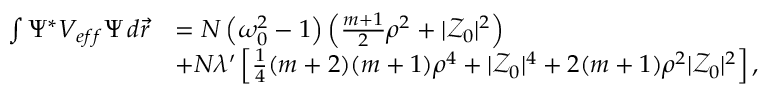
\begin{array} { r l } { \int \Psi ^ { * } V _ { e f f } \Psi \, d \vec { r } } & { = N \left( { \omega _ { 0 } ^ { 2 } } - 1 \right) \left( \frac { m + 1 } { 2 } \rho ^ { 2 } + | \mathcal { Z } _ { 0 } | ^ { 2 } \right) } \\ & { + N \lambda ^ { \prime } \left[ \frac { 1 } { 4 } ( m + 2 ) ( m + 1 ) \rho ^ { 4 } + | \mathcal { Z } _ { 0 } | ^ { 4 } + 2 ( m + 1 ) \rho ^ { 2 } | \mathcal { Z } _ { 0 } | ^ { 2 } \right] , } \end{array}